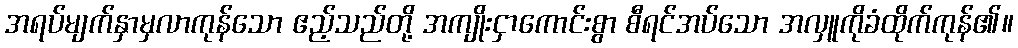
အရပ်မျက်နှာမှလာကုန်သော ဧည့်သည်တို့ အကျိုးငှာကောင်းစွာ စီရင်အပ်သော အလှူကိုခံထိုက်ကုန်၏။